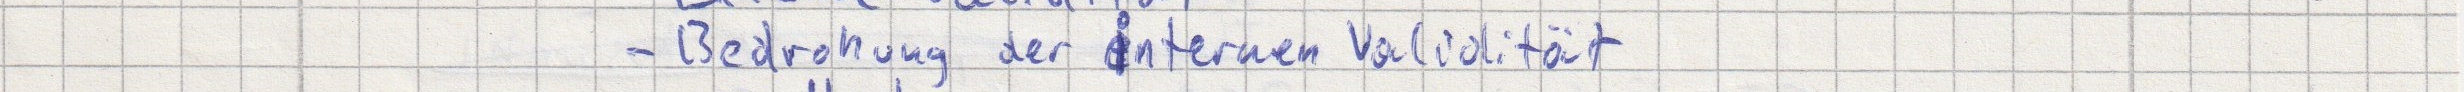
- Bedrohung der internen Validität